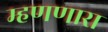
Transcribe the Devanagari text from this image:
म्हणणारा